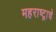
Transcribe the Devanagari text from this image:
महराष्ट्राचे